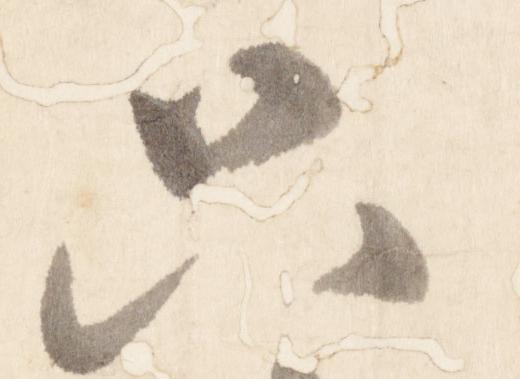
只